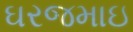
ઘરજમાઇ